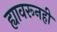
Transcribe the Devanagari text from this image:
ह्यावरूनही